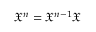
{ \mathfrak { X } } ^ { n } = { \mathfrak { X } } ^ { n - 1 } { \mathfrak { X } }